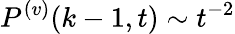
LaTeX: P^{(v)}(k-1,t)\sim t^{-2}